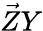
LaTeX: \vec{Z}Y